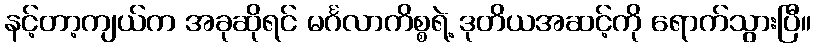
နင့်တာ့ကျယ်က အခုဆိုရင် မင်္ဂလာကိစ္စရဲ့ ဒုတိယအဆင့်ကို ရောက်သွားပြီ။